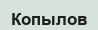
Копылов